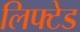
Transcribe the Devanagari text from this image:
लिफ्टेड